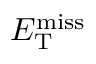
E _ { \mathrm { T } } ^ { \mathrm { m i s s } }